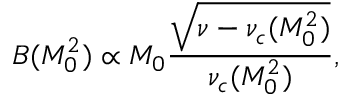
B ( M _ { 0 } ^ { 2 } ) \propto M _ { 0 } \frac { \sqrt { \nu - \nu _ { c } ( M _ { 0 } ^ { 2 } ) } } { \nu _ { c } ( M _ { 0 } ^ { 2 } ) } ,